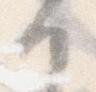
か